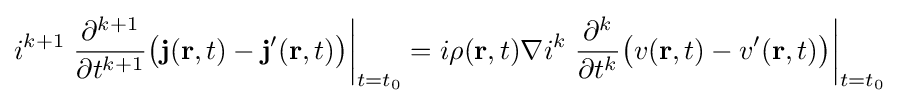
i^{k+1}\left.{\frac {\partial ^{k+1}}{\partial t^{k+1}}}{\big (}\mathbf {j} (\mathbf {r} ,t)-\mathbf {j} '(\mathbf {r} ,t){\big )}\right|_{t=t_{0}}=i\rho (\mathbf {r} ,t)\nabla i^{k}\left.{\frac {\partial ^{k}}{\partial t^{k}}}{\big (}v(\mathbf {r} ,t)-v'(\mathbf {r} ,t){\big )}\right|_{t=t_{0}}